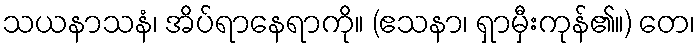
သယနာသနံ၊ အိပ်ရာနေရာကို။ (ဧသနာ၊ ရှာမှီးကုန်၏။) တေ၊